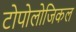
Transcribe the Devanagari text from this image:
टोपोलोजिकल